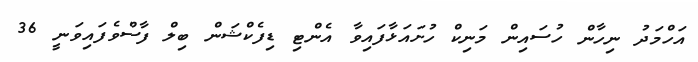
އަހްމަދު ނިހާން ހުސައިން މަނިކް ހުށައަޅާފައިވާ އެންޓި ޑިފެކްޝަން ބިލް ފާސްވެފައިވަނީ 36